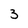
Character: 3